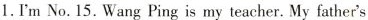
1.I'm No.15.Wang Ping is my teacher. My father's nameis Liu Jianqiang. My mother's